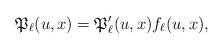
LaTeX: \begin{align*}{\frak P}_{\ell}(u,x)={\frak P}_{\ell}^{\prime}(u,x)f_{\ell}(u,x),\end{align*}